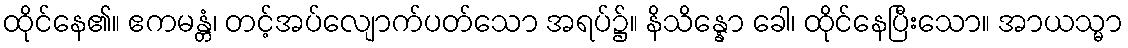
ထိုင်နေ၏။ ဧကမန္တံ၊ တင့်အပ်လျောက်ပတ်သော အရပ်၌။ နိသိန္နော ခေါ၊ ထိုင်နေပြီးသော။ အာယသ္မာ